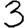
Digit: 3